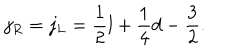
j _ { R } = j _ { L } = \frac { 1 } { 2 } l + \frac { 1 } { 4 } d - \frac { 3 } { 2 } .